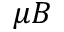
\mu B